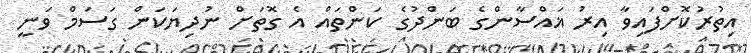
އިތުރުކޮށްފައިވާ އިރު ޣައްސާންގެ ބަންދުގެ ކަންތައް އެ ގޮތަށް ނުދިޔަކަން ގަސަމް ވަނީ